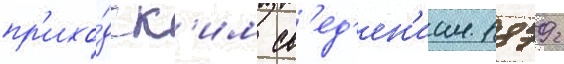
пр'ихо́дск'им св'ед'ен'иам 1879 г